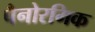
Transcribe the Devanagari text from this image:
पैनोरमिक